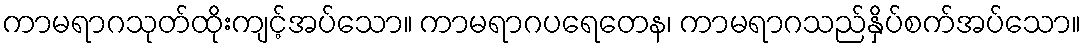
ကာမရာဂသုတ်ထိုးကျင့်အပ်သော။ ကာမရာဂပရေတေန၊ ကာမရာဂသည်နှိပ်စက်အပ်သော။